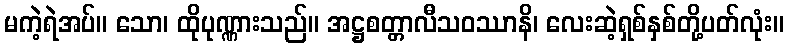
မကဲ့ရဲအပ်။ သော၊ ထိုပုဏ္ဏားသည်။ အဋ္ဌစတ္တာလီသဝဿာနိ၊ လေးဆဲ့ရှစ်နှစ်တို့ပတ်လုံး။